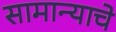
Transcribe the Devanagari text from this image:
सामान्याचे